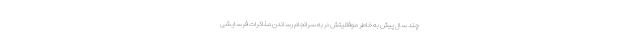
چند سال پیش به خاطر موفقیتش در به سرانجام رساندن مذاکرات فرسایشی